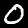
Label: 0